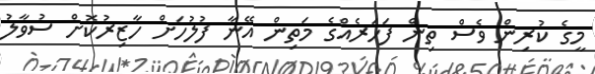
މީގެ ކުރިން ވެސް ތިން ފަހަރެއްގެ މަތިން އޭނާ ފުލުހަށް ހާޒިރުކޮށް ސުވާލު